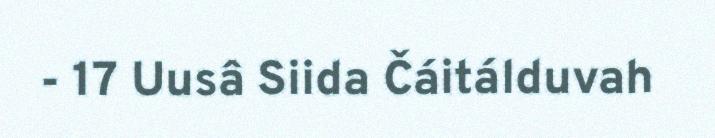
- 17 Uusâ Siida Čáitálduvah